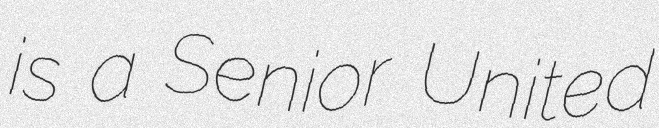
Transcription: is a Senior United